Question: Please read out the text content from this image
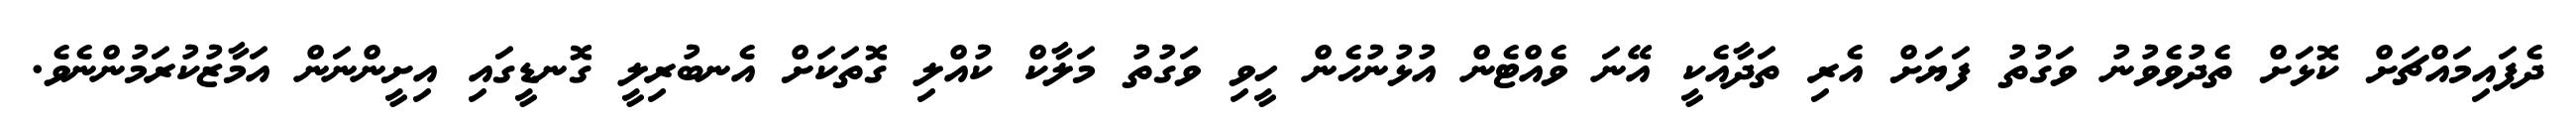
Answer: ދެފައިމައްޗަށް ކޮޅަށް ތެދުވެވުނު ވަގުތު ފަޔަށް އެރި ތަދާއެކީ އޭނަ ވެއްޓެން އުޅުނުހެން ހީވި ވަގުތު މަލާކް ކުއްލި ގޮތަކަށް އެނބުރިލީ ގޮނޑީގައި އިށީންނަން އަމާޒުކުރަމުންނެވެ.